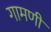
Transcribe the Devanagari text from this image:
गामणी